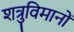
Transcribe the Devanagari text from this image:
शत्रुविमानों